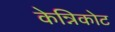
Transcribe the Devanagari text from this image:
केन्निकोट